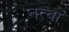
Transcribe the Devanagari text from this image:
नत्वा